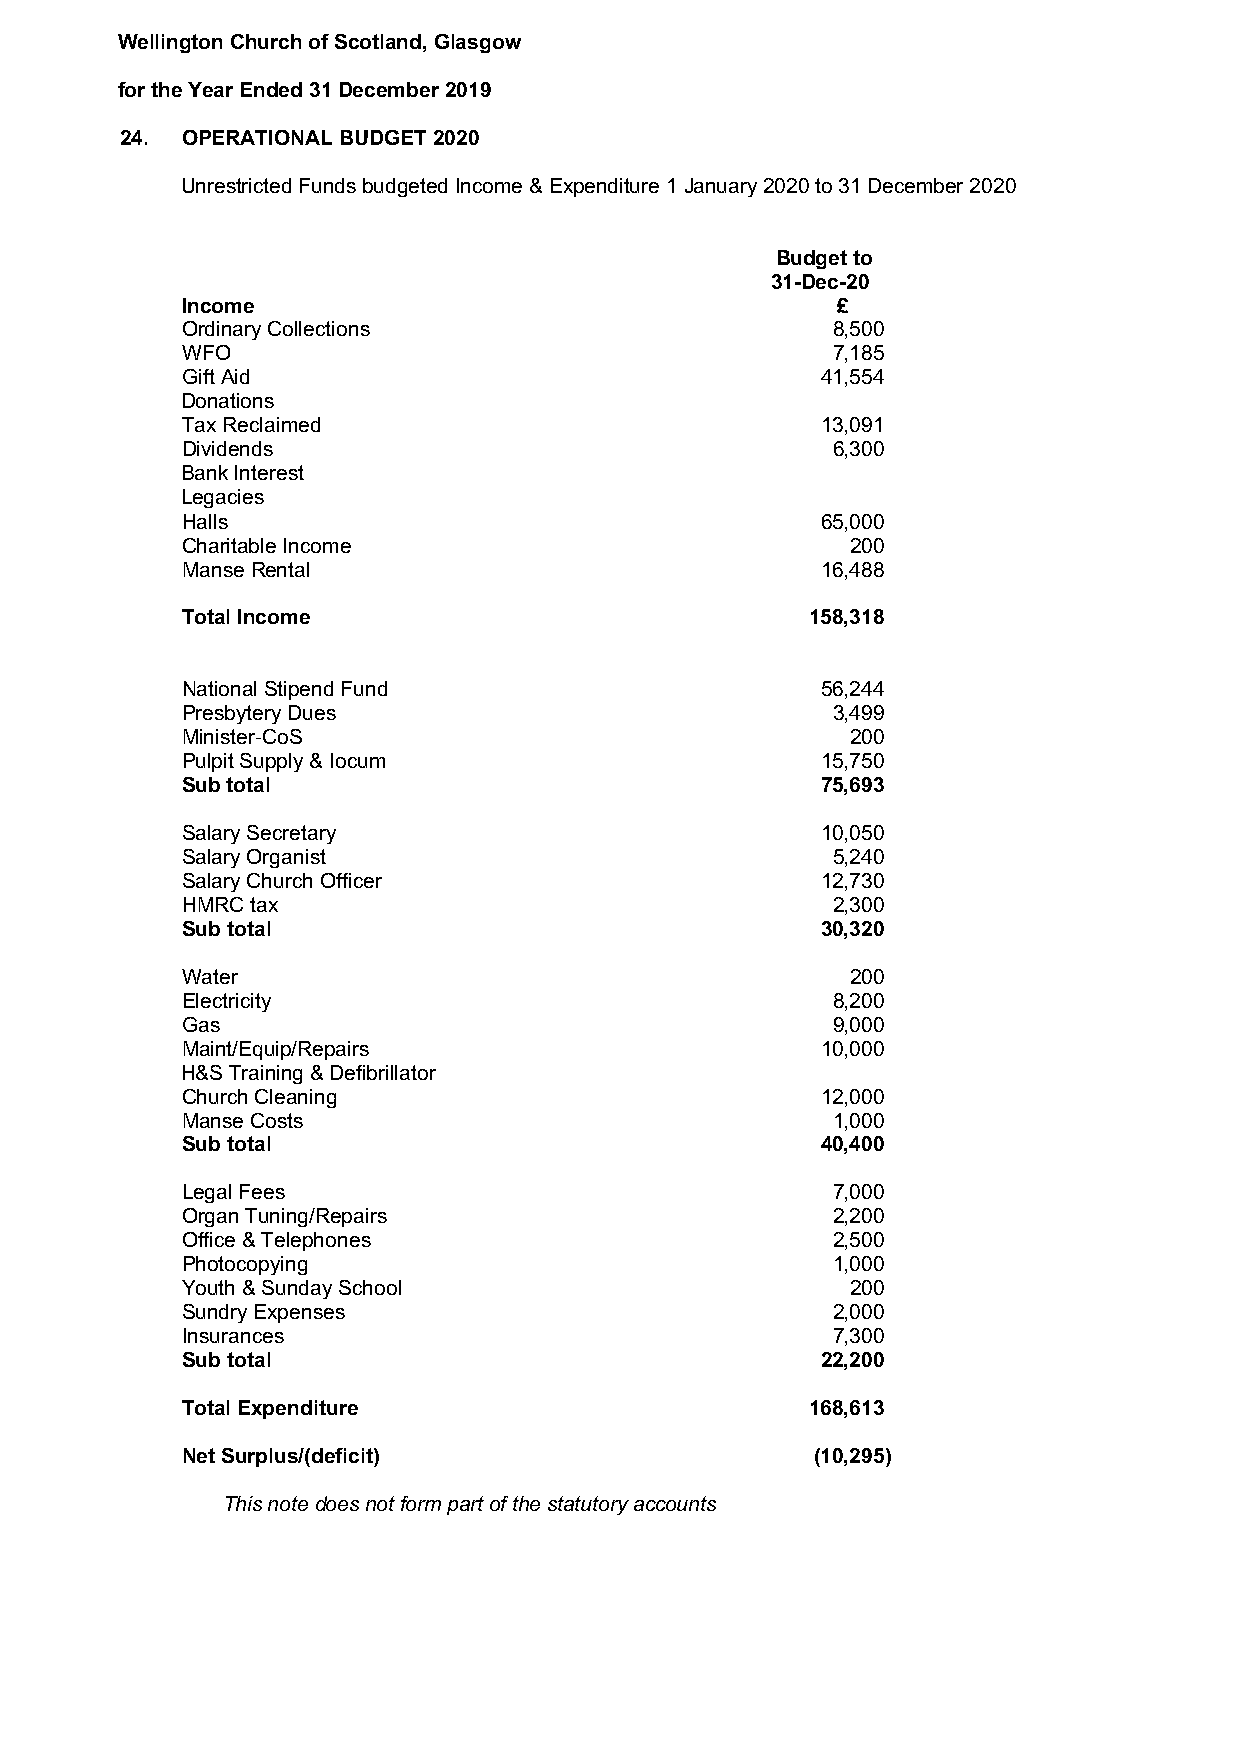
Wellington Church of Scotland, Glasgow
 for the Year Ended 31 December 2019
 24. OPERATIONAL BUDGET 2020
 Unrestricted Funds budgeted Income & Expenditure 1 January 2020 to 31 December 2020
 Budget to
 31-Dec-20
 Income                                     £
 Ordinary Collections                       8,500
 WFO                                        7,185
 Gift Aid                                  41,554
 Donations
 Tax Reclaimed                             13,091
 Dividends                                  6,300
 Bank Interest
 Legacies
 Halls                                     65,000
 Charitable Income                           200
 Manse Rental                              16,488
 Total Income                              158,318
 National Stipend Fund                     56,244
 Presbytery Dues                            3,499
 Minister-CoS                                200
 Pulpit Supply & Iocum                     15,750
 Sub total                                 75,693
 Salary Secretary                          10,050
 Salary Organist                            5,240
 Salary Church Officer                     12,730
 HMRC tax                                   2,300
 Sub total                                 30,320
 Water                                       200
 Electricity                                8,200
 Gas                                        9,000
 Maint/Equip/Repairs                       10,000
 H&S Training & Defibrillator
 Church Cleaning                           12,000
 Manse Costs                                1,000
 Sub total                                 40,400
 Legal Fees                                 7,000
 Organ Tuning/Repairs                       2,200
 Office & Telephones                        2,500
 Photocopying                               1,000
 Youth & Sunday School                       200
 Sundry Expenses                            2,000
 Insurances                                 7,300
 Sub total                                 22,200
 Total Expenditure                         168,613
 Net Surplus/(deficit)                     (10,295)
 This note does not form part of the statutory accounts